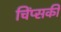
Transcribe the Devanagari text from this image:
चिंप्सकी